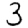
Digit: 3